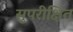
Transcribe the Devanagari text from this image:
सुपरीक्षित